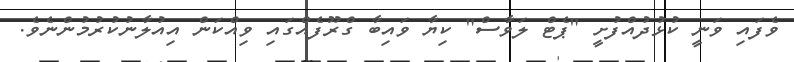
ވެފައި ވަނީ ކުޅުދުއްފުށީ "ޕެޓް ލަވާސް" ކިޔާ ވައިބާ ގްރޫފެއްގައި ވިއްކަން އިއުލާނުކުރުމުންނެވެ.